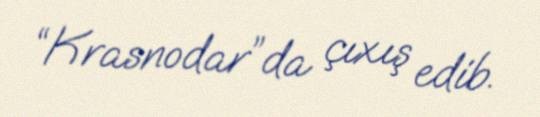
“Krasnodar”da çıxış edib.